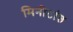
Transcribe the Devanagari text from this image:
मिनीटांत